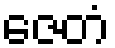
ဇေတံ